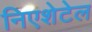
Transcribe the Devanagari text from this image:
निएशेटेल